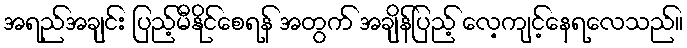
အရည်အချင်း ပြည့်မီနိုင်စေရန် အတွက် အချိန်ပြည့် လေ့ကျင့်နေရလေသည်။